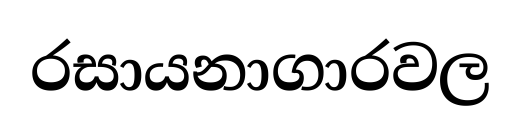
රසායනාගාරවල